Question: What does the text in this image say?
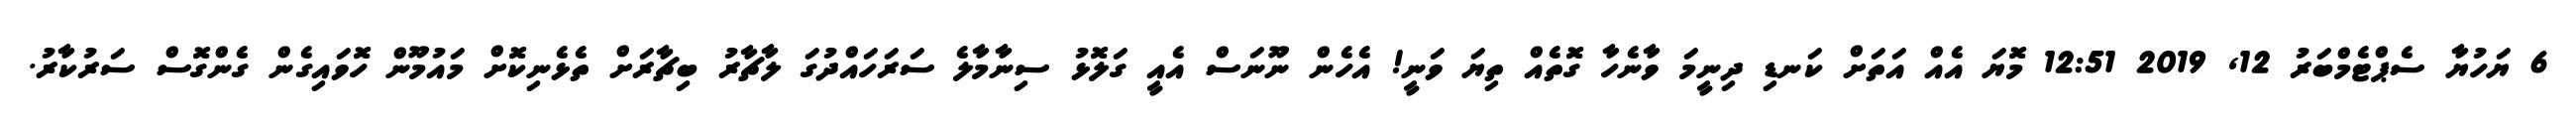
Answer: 6 ޔަހުޔާ ސެޕްޓެމްބަރު 12, 2019 12:51 މޮޔަ އެއް އަތަށް ކަނޑި ދިނީމަ ވާނެހާ ގޮތެއް ތިޔަ ވަނީ! އެހެން ނޫނަސް އެއީ ގަލޮޅު ސިނާމާލެ ސަރަހައްދުގަ ލާޗާރު ބިޗާރަށް ތެޅެނިކޮށް މައުމޫން ހޮވައިގެން ގެންގޮސް ސަރުކާރު.